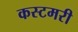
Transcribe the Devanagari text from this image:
कस्टमरी